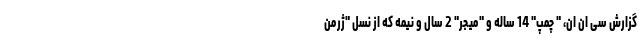
گزارش سی ان ان، " چمپ" 14 ساله و "میجر" 2 سال و نیمه که از نسل "ژرمن